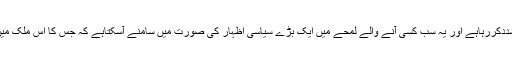
یہ سب کچھ ،تناؤ کو گہرا اور متشددکررہاہے اور یہ سب کسی آنے والے لمحے میں ایک بڑے سیاسی اظہار کی صورت میں سامنے آسکتاہے کہ جس کا اس ملک میں پہلے کبھی سنا بھی نہ گیا ہوگا۔